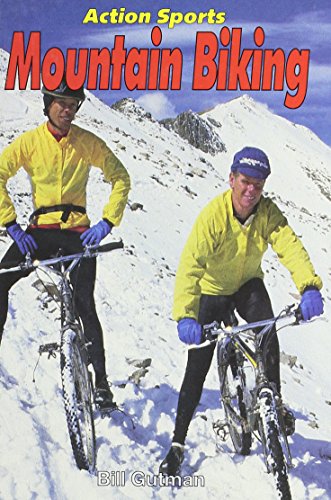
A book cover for Mountain Biking (Action Sports (Capstone)); Bill Gutman; Children's Books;